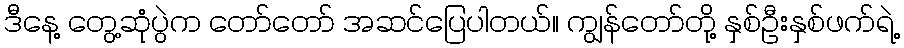
ဒီနေ့ တွေ့ဆုံပွဲက တော်တော် အဆင်ပြေပါတယ်။ ကျွန်တော်တို့ နှစ်ဦးနှစ်ဖက်ရဲ့